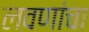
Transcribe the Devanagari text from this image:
लवणांचा